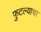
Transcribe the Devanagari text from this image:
फुटल्याचा